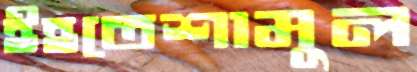
ইহতেশামুল